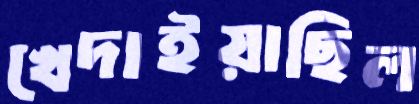
খেদাইয়াছিল